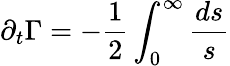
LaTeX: \partial_{t}\Gamma=-\frac{1}{2}\int_{0}^{\infty}\frac{{d}s}{s}